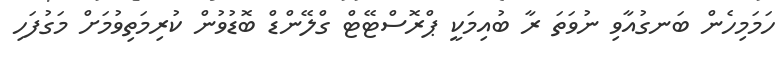
ހަމަމިހެން ބަނގުއާވި ނުވަތަ ރާ ބުއިމަކީ ޕްރޮސްޓޭޓް ގްލޭންޑް ބޮޑުވުން ކުރިމަތިވުމަށް މަގުފަހި